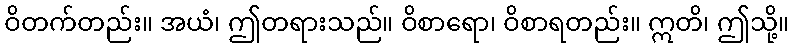
ဝိတက်တည်း။ အယံ၊ ဤတရားသည်။ ဝိစာရော၊ ဝိစာရတည်း။ ဣတိ၊ ဤသို့။